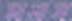
মনস